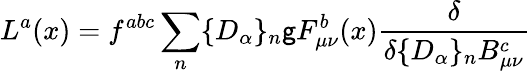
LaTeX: L^{a}(x)=f^{abc}\sum_{n}\{ D_{\alpha}\} _{n}\mathsf{g}F_{\mu\nu}^{b}(x)\frac{{\delta}}{{\delta\{ D_{\alpha}\} _{n}B_{\mu\nu}^{c}}}